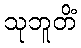
သုဘူတိံ